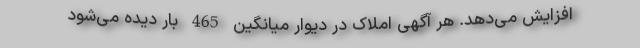
افزایش می‌دهد. هر آگهی املاک در دیوار میانگین 465 بار دیده می‌شود